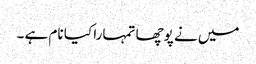
میں نے پوچھا تمہارا کیا نام ہے ۔